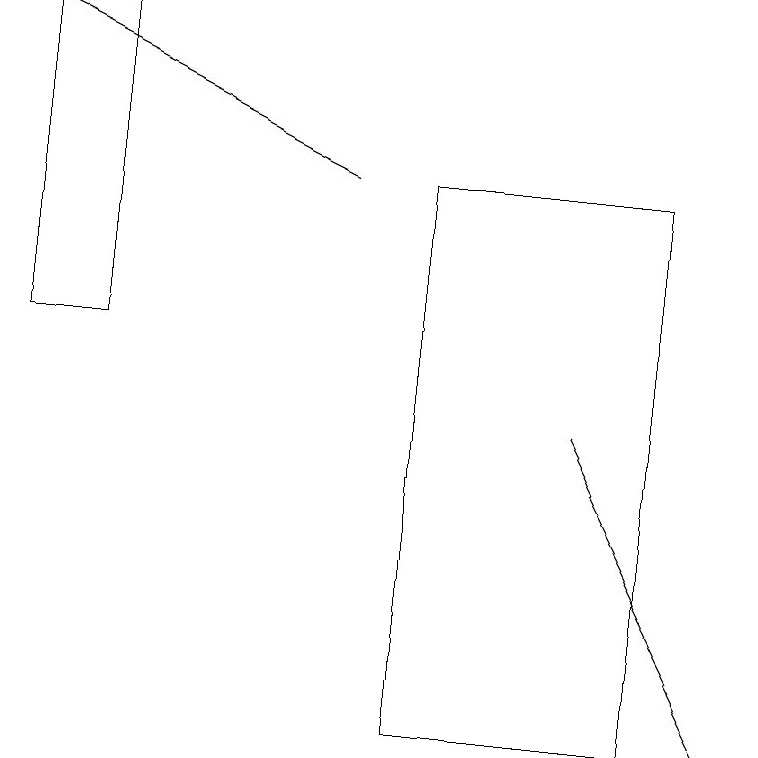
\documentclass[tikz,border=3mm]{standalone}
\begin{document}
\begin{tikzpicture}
\draw (1,15) rectangle (0,19);
\draw (5,10) rectangle (8,17);
\draw[->] (4,17) -- (0,19);
\draw[->] (7,14) -- (9,10);
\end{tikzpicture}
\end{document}